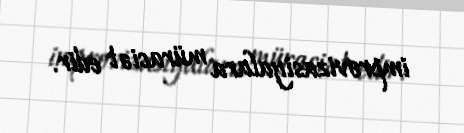
improvizasiyalara müraciət edir.